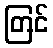
တြင်